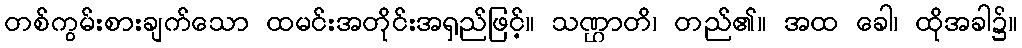
တစ်ကွမ်းစားချက်သော ထမင်းအတိုင်းအရှည်ဖြင့်။ သဏ္ဌာတိ၊ တည်၏။ အထ ခေါ၊ ထိုအခါ၌။